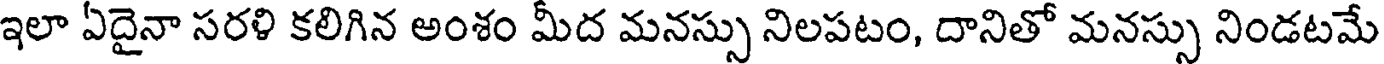
ఇలా ఏదైనా సరళి కలిగిన అంశం మీద మనస్సు నిలపటం, దానితో మనస్సు నిండటమే